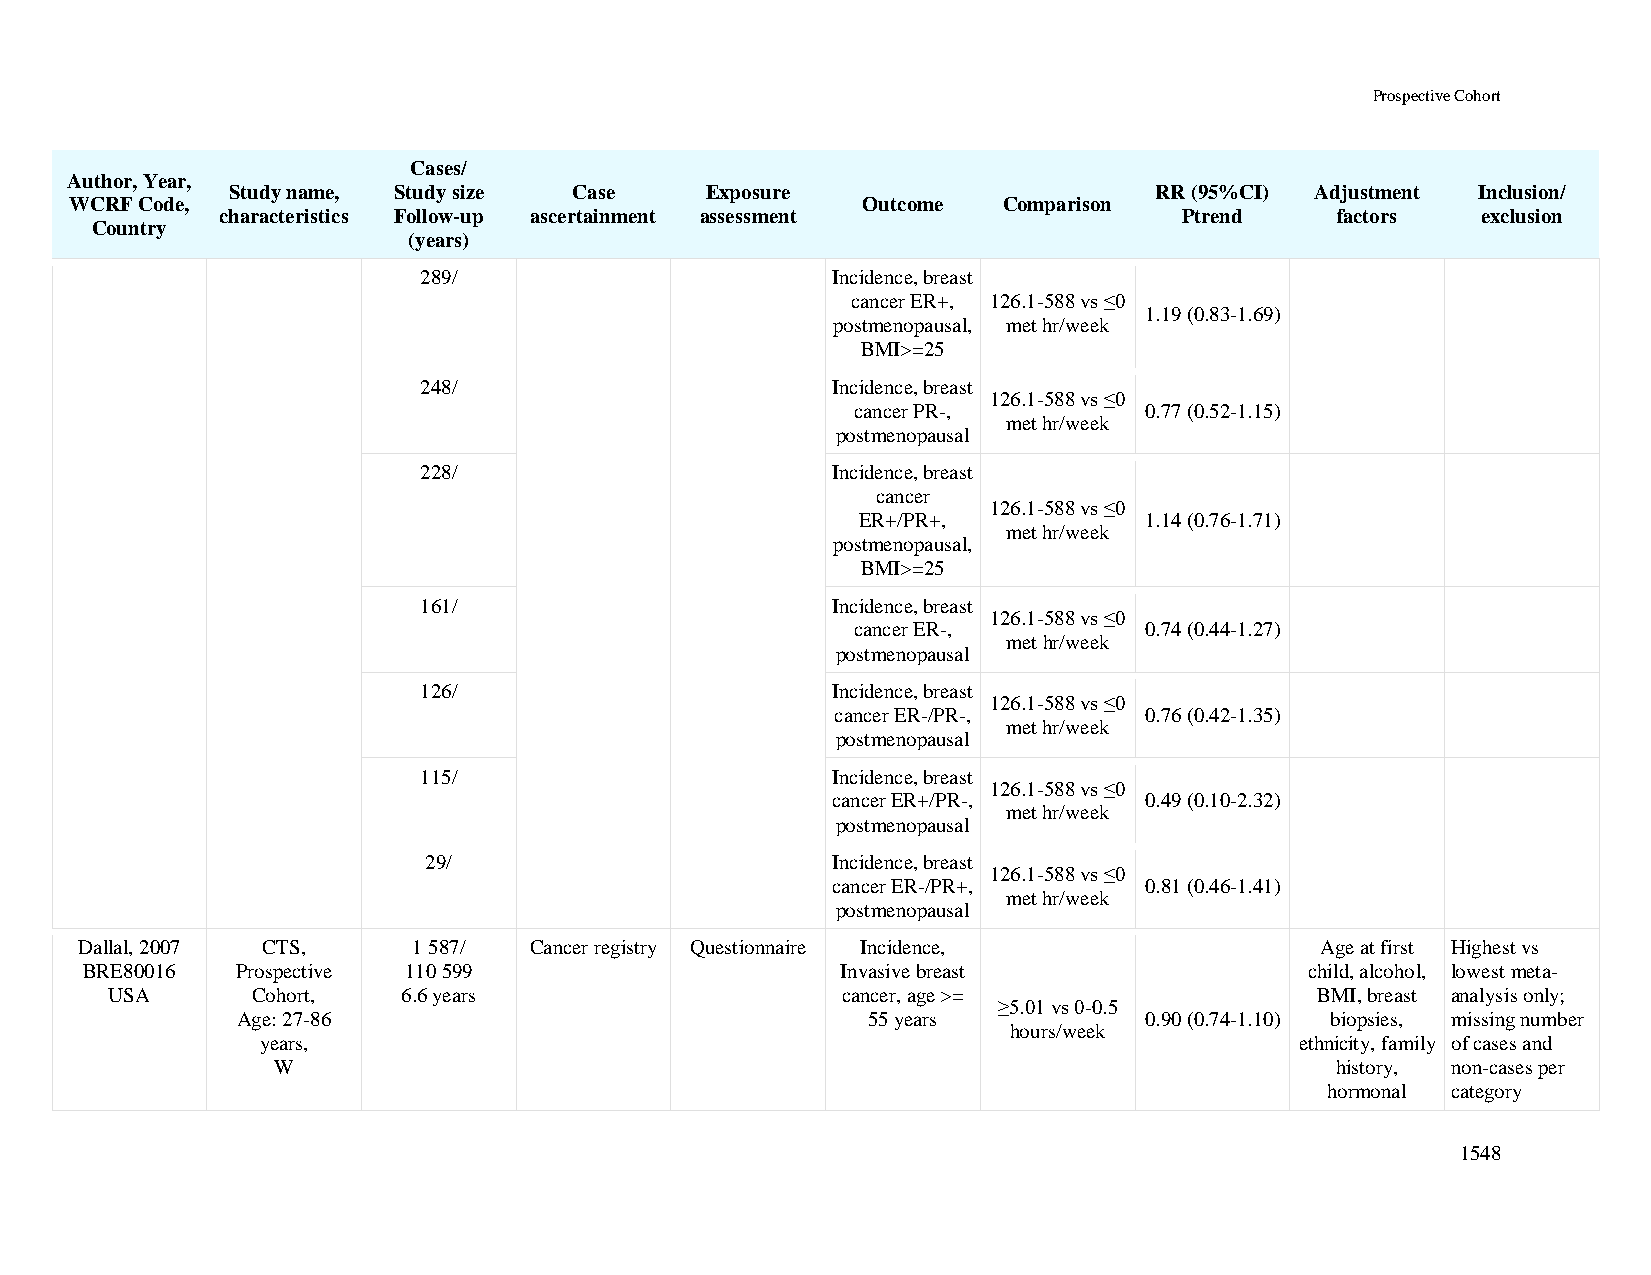
Prospective Cohort
 Cases/
 Author, Year,
 Study name, Study size Case     Exposure                     RR (95%CI) Adjustment Inclusion/
 WCRF Code,                                          Outcome  Comparison
 characteristics Follow-up ascertainment assessment             Ptrend    factors   exclusion
 Country
 (years)
 289/                       Incidence, breast
 cancer ER+, 126.1-588 vs ≤0
 1.19 (0.83-1.69)
 postmenopausal, met hr/week
 BMI>=25
 248/                       Incidence, breast
 126.1-588 vs ≤0
 cancer PR-,        0.77 (0.52-1.15)
 met hr/week
 postmenopausal
 228/                       Incidence, breast
 cancer
 126.1-588 vs ≤0
 ER+/PR+,           1.14 (0.76-1.71)
 met hr/week
 postmenopausal,
 BMI>=25
 161/                       Incidence, breast
 126.1-588 vs ≤0
 cancer ER-,         0.74 (0.44-1.27)
 met hr/week
 postmenopausal
 126/                       Incidence, breast
 126.1-588 vs ≤0
 cancer ER-/PR-,      0.76 (0.42-1.35)
 met hr/week
 postmenopausal
 115/                       Incidence, breast
 126.1-588 vs ≤0
 cancer ER+/PR-,      0.49 (0.10-2.32)
 met hr/week
 postmenopausal
 29/                        Incidence, breast
 126.1-588 vs ≤0
 cancer ER-/PR+,      0.81 (0.46-1.41)
 met hr/week
 postmenopausal
 Dallal, 2007 CTS,     1 587/  Cancer registry Questionnaire Incidence,            Age at first Highest vs
 BRE80016   Prospective 110 599                     Invasive breast                child, alcohol, lowest meta-
 USA       Cohort,   6.6 years                    cancer, age >=                 BMI, breast analysis only;
 ≥5.01 vs 0-0.5
 Age: 27-86                               55 years           0.90 (0.74-1.10) biopsies, missing number
 hours/week
 years,                                                               ethnicity, family of cases and
 W                                                                     history, non-cases per
 hormonal category
 1548